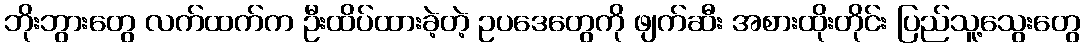
ဘိုးဘွားတွေ လက်ထက်က ဦးထိပ်ထားခဲ့တဲ့ ဥပဒေတွေကို ဖျက်ဆီး အစားထိုးတိုင်း ပြည်သူ့သွေးတွေ